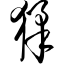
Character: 猱